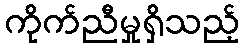
ကိုက်ညီမှုရှိသည့်